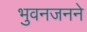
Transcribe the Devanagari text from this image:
भुवनजनने